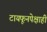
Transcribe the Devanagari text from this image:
टायफूनपेक्षाही